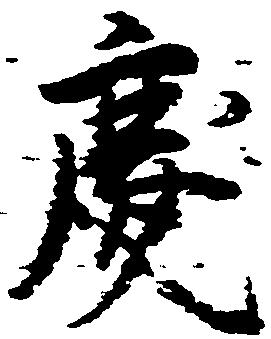
慶